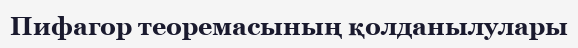
Пифагор теоремасының қолданылулары